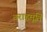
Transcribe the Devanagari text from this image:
वराहमूर्ति